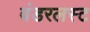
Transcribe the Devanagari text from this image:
वंडरलस्ट